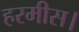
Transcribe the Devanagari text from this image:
हरमीस।